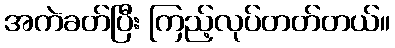
အကဲခတ်ပြီး ကြည့်လုပ်တတ်တယ်။